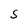
Character: S